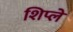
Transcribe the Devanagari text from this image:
शिप्ले